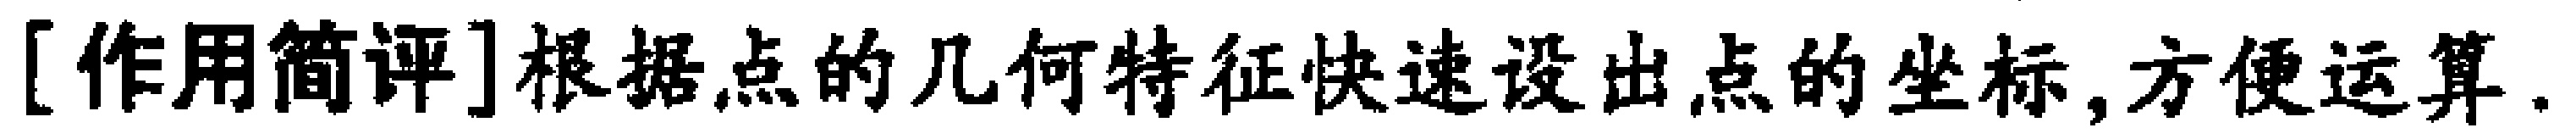
[作用简评]根据点的几何特征快速设出点的坐标,方便运算.